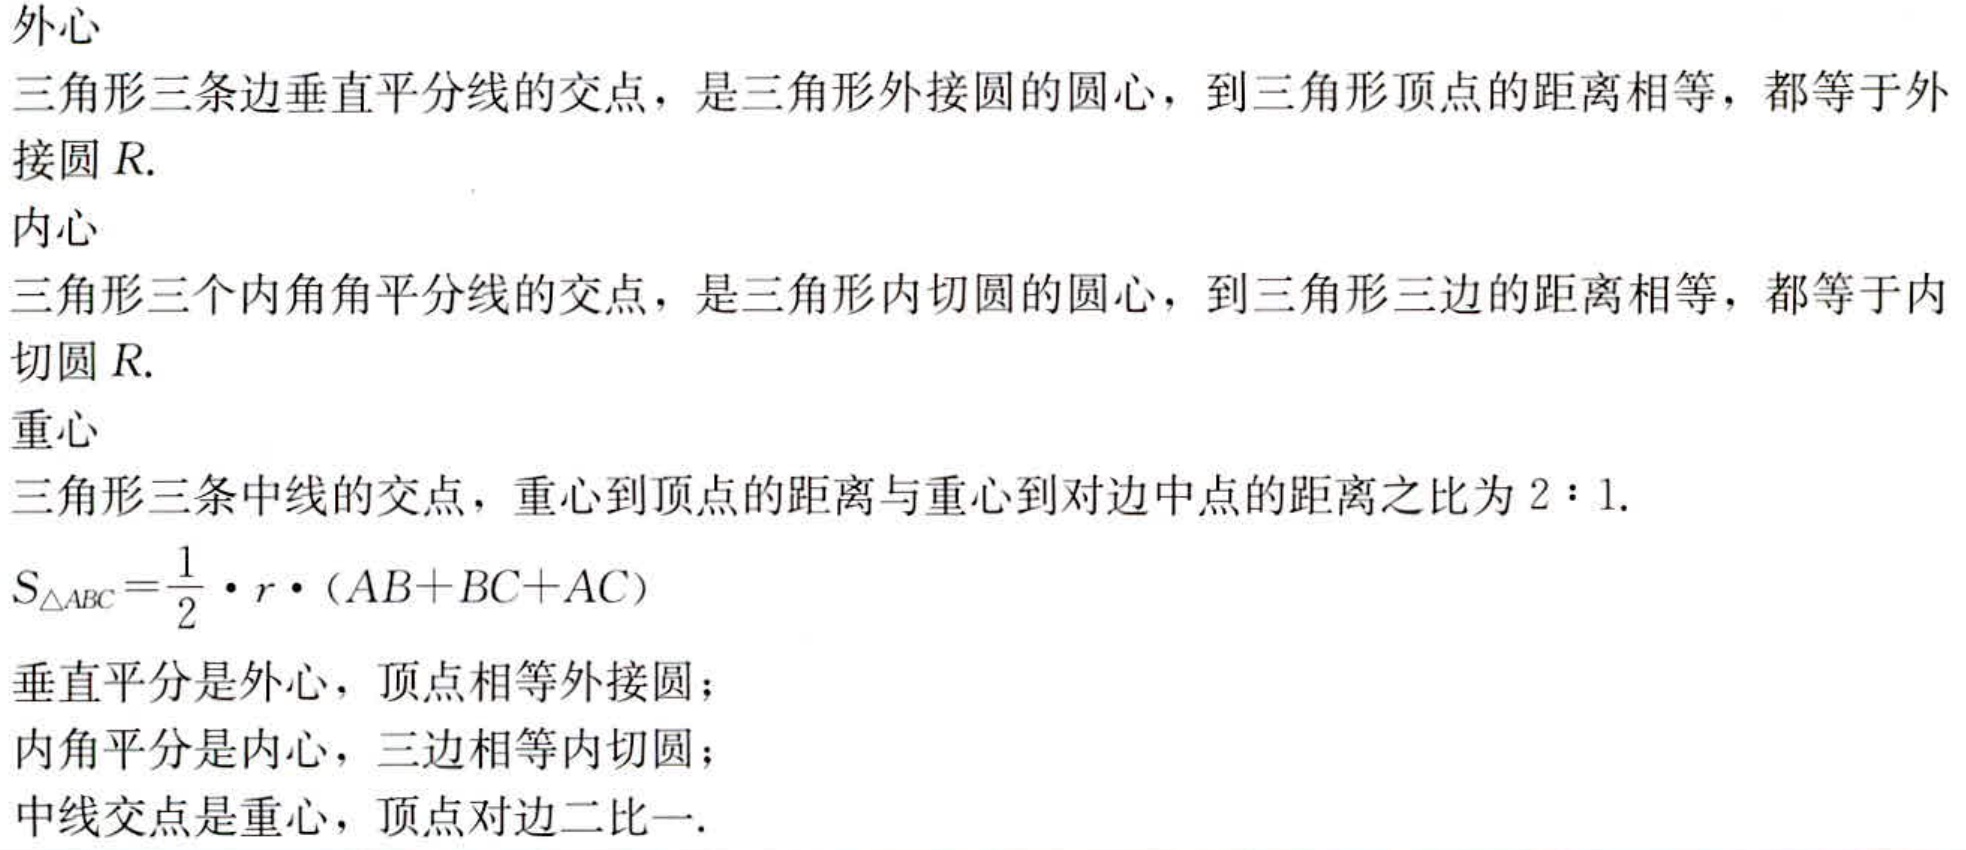
外心

三角形三条边垂直平分线的交点，是三角形外接圆的圆心，到三角形顶点的距离相等，都等于外接圆\(R\).

内心

三角形三个内角角平分线的交点，是三角形内切圆的圆心，到三角形三边的距离相等，都等于内切圆\(R\).

重心

三角形三条中线的交点，重心到顶点的距离与重心到对边中点的距离之比为\(2:1\).

\(S_{\triangle ABC}=\frac{1}{2}\cdot r\cdot (AB + BC + AC)\)

垂直平分是外心，顶点相等外接圆；

内角平分是内心，三边相等内切圆；

中线交点是重心，顶点对边二比一.